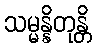
သမ္မန္နိတုန္တိ